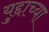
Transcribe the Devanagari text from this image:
युद्दाच्या